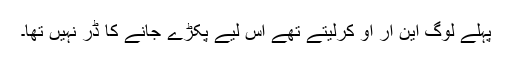
پہلے لوگ این آر او کرلیتے تھے اس لیے پکڑے جانے کا ڈر نہیں تھا۔